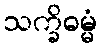
သက္ခိဓမ္မံ